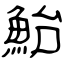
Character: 鮐